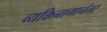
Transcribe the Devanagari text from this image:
व्यक्तिनामानंतर